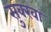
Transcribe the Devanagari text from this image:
सुक्खा